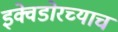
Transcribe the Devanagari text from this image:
इक्वेडोरच्याच